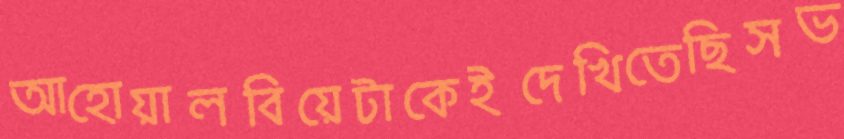
আহোয়ালবিয়েটাকেইদেখিতেছিসভ